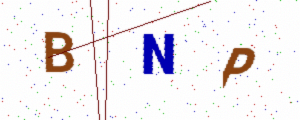
Text: BNP